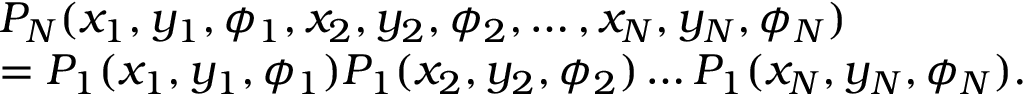
\begin{array} { r l } & { P _ { N } ( x _ { 1 } , y _ { 1 } , \phi _ { 1 } , x _ { 2 } , y _ { 2 } , \phi _ { 2 } , \dots , x _ { N } , y _ { N } , \phi _ { N } ) } \\ & { = P _ { 1 } ( x _ { 1 } , y _ { 1 } , \phi _ { 1 } ) P _ { 1 } ( x _ { 2 } , y _ { 2 } , \phi _ { 2 } ) \dots P _ { 1 } ( x _ { N } , y _ { N } , \phi _ { N } ) . } \end{array}